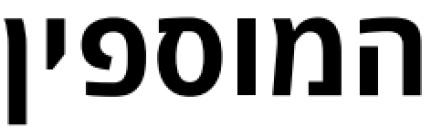
המוספין